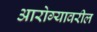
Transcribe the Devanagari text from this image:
आरोग्यावरील